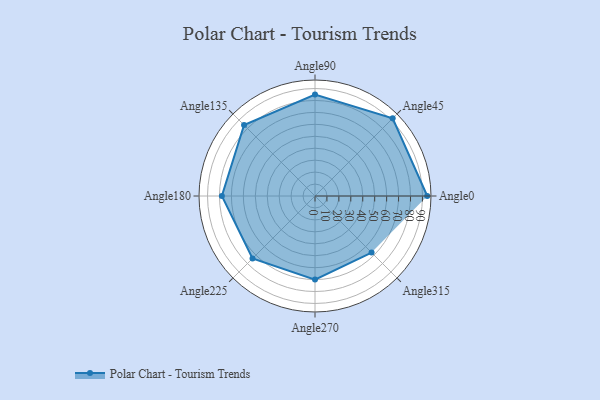
{"axis": {"x": "Angle", "y": "Radius"}, "legend": [""], "data": [{"x": "Angle0", "y": 94.0, "type": ""}, {"x": "Angle45", "y": 92.0, "type": ""}, {"x": "Angle90", "y": 85.0, "type": ""}, {"x": "Angle135", "y": 84.0, "type": ""}, {"x": "Angle180", "y": 78.0, "type": ""}, {"x": "Angle225", "y": 74.0, "type": ""}, {"x": "Angle270", "y": 70.0, "type": ""}, {"x": "Angle315", "y": 67.0, "type": ""}]}